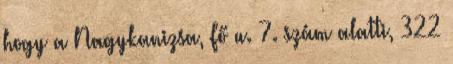
hogy a Nagykanizsa, Fő u. 7. szám alatti, 322